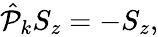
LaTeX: \begin{array}{r}{\hat{\mathcal P}_{k}S_{z}=-S_{z},}\end{array}